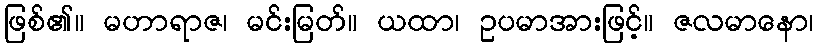
ဖြစ်၏။ မဟာရာဇ၊ မင်းမြတ်။ ယထာ၊ ဥပမာအားဖြင့်။ ဇလမာနော၊